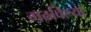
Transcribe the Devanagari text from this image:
मढविल्या